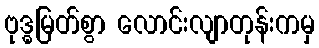
ဗုဒ္ဓမြတ်စွာ လောင်းလျာတုန်းကမှ